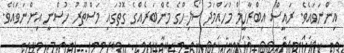
އިންނަވައެވެ. ރައީސް އިބްރާހީމް މުހައްމަދު ސޯލިހްގެ މެންބަރެއްގެ ގޮތުގައި މަސްތޫރު ހުސްނީ އިންނަވައެވެ.